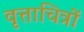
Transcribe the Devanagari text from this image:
वृत्ताचित्रों